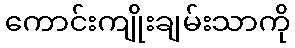
ကောင်းကျိုးချမ်းသာကို